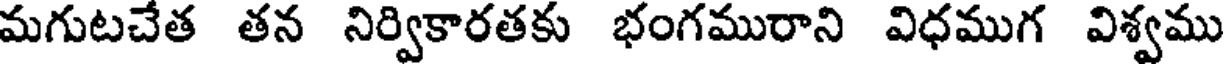
మగుటచేత తన నిర్వికారతకు భంగమురాని విధముగ విశ్వము